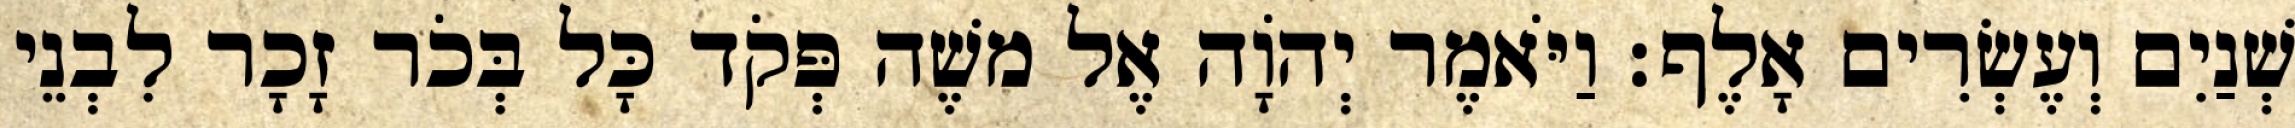
שְׁנַיִם וְעֶשְׂרִים אָלֶף׃ וַיֹּאמֶר יְהֹוָה אֶל משֶׁה פְּקֹד כָּל בְּכֹר זָכָר לִבְנֵי